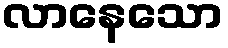
လာနေသော